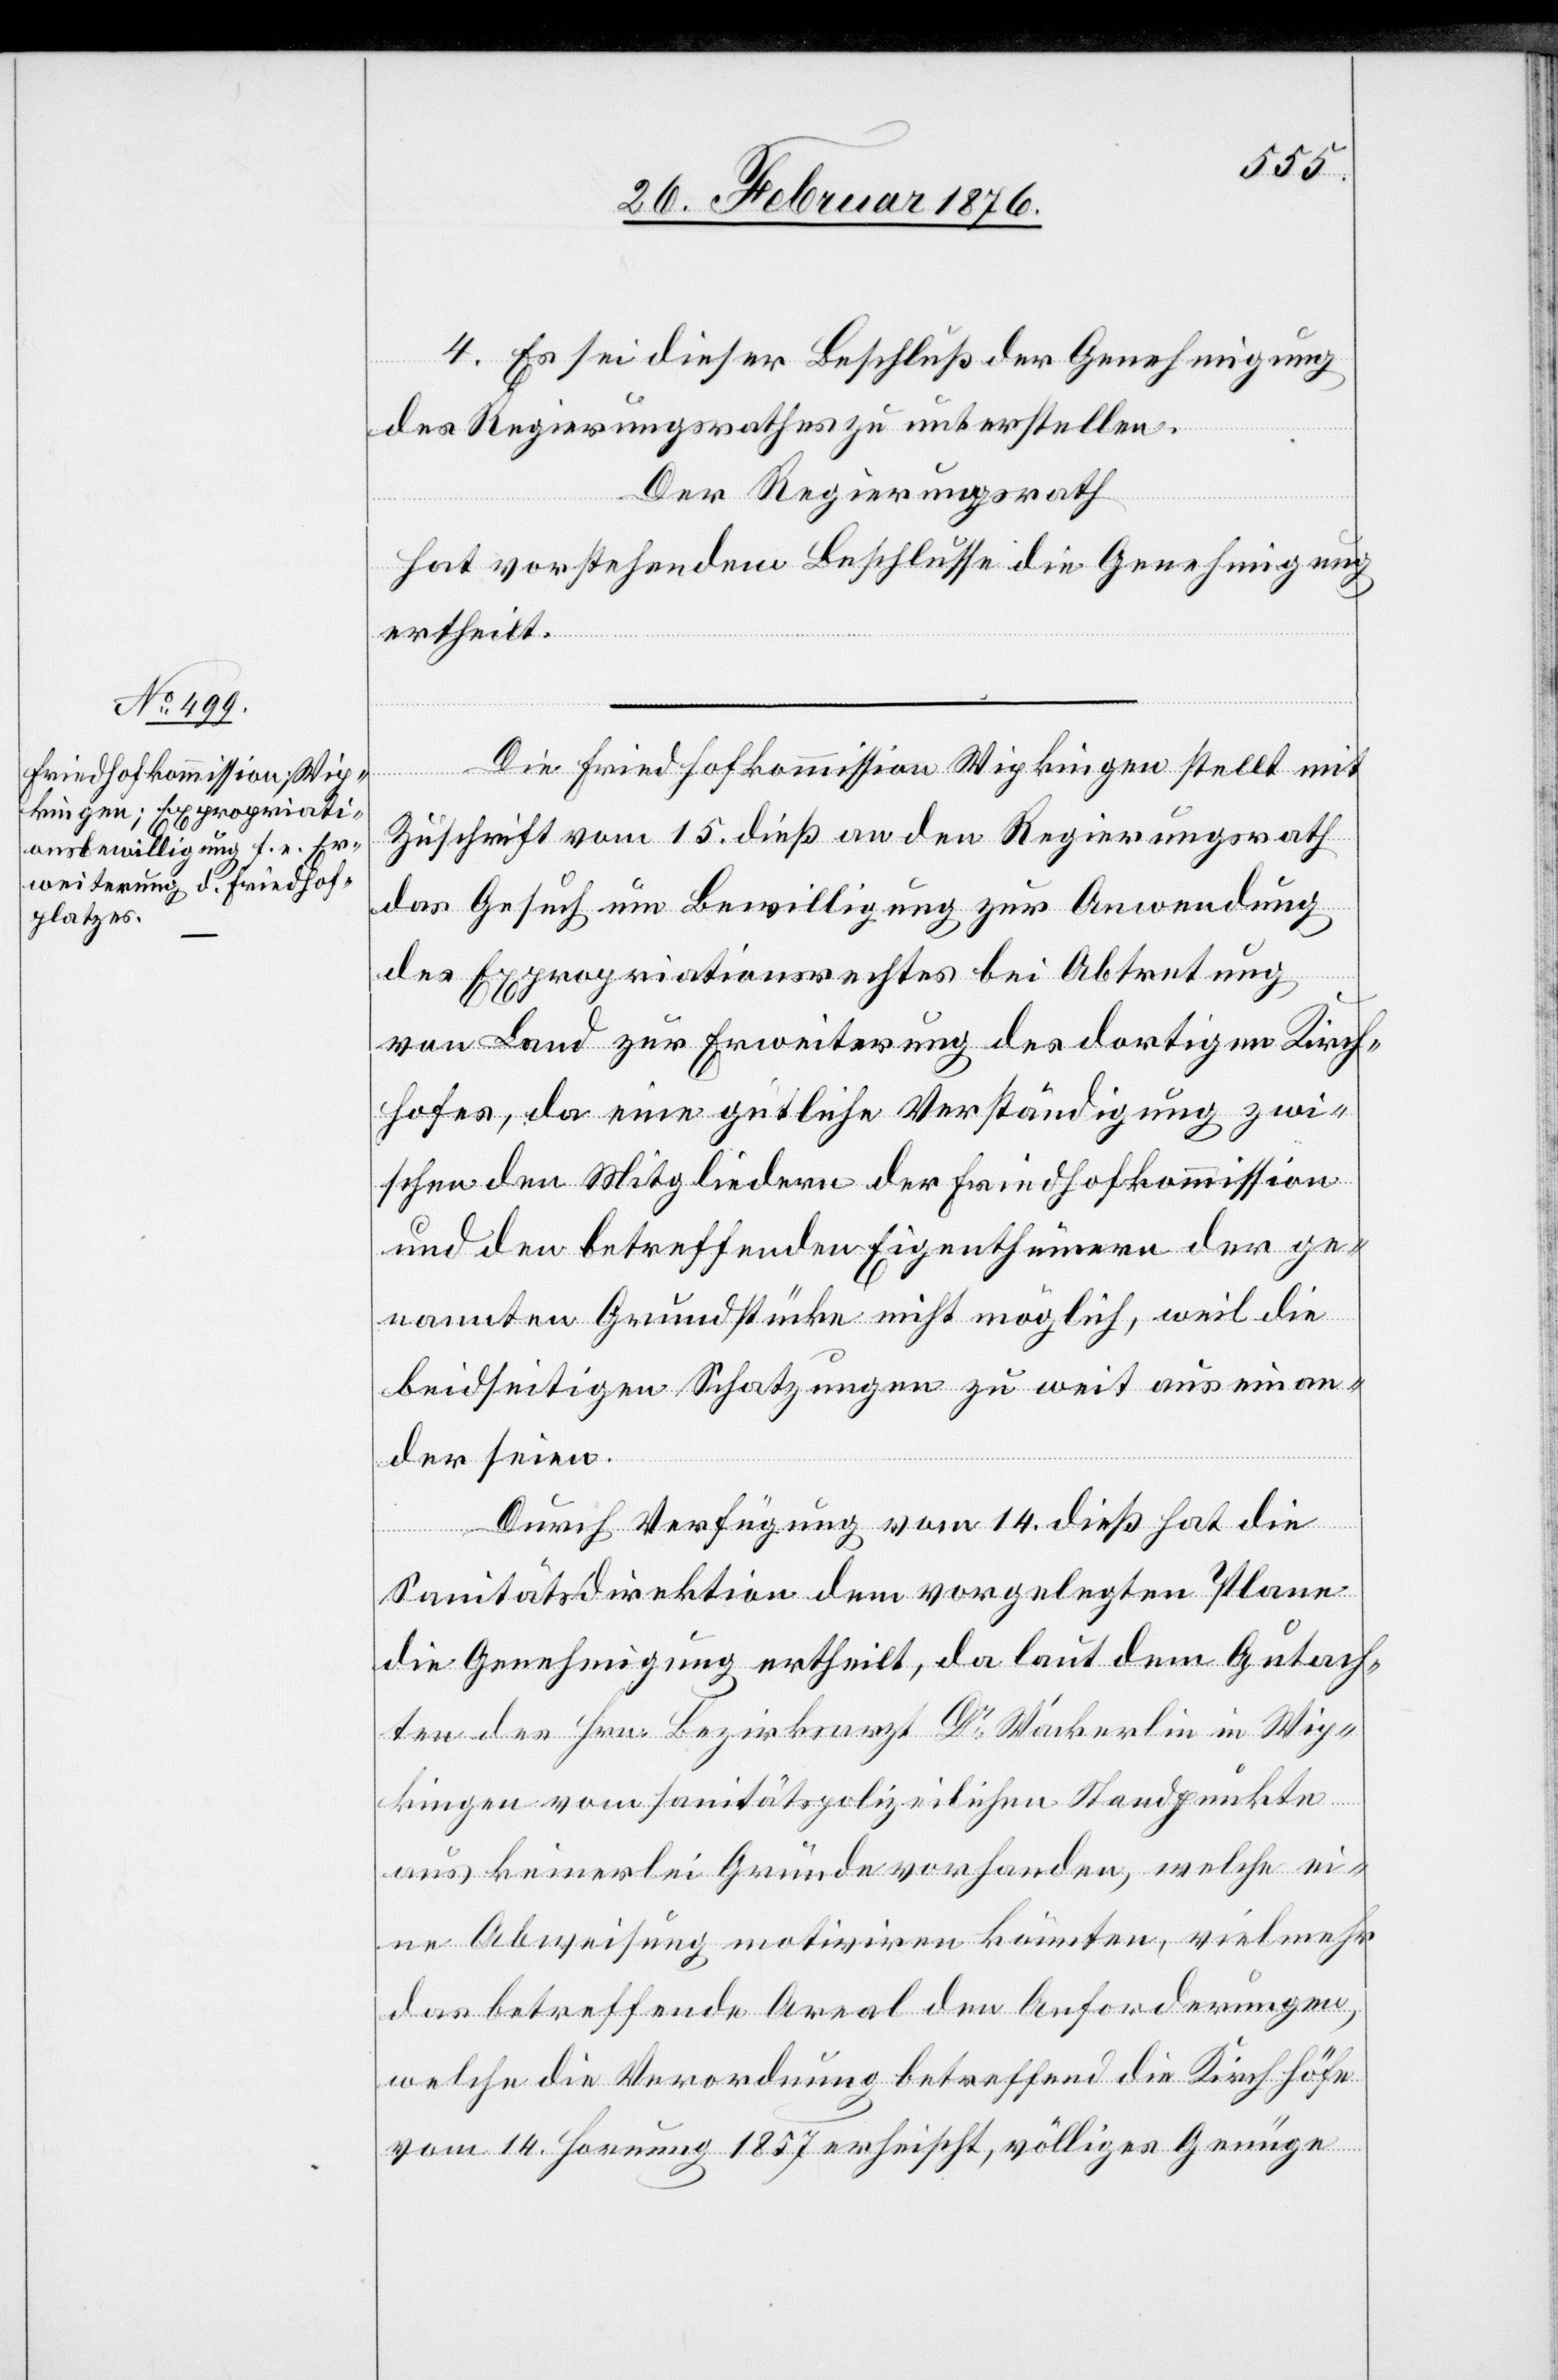
4. Es sei dieser Beschluss der Genehmigung
des Regierungsrathes zu unterstellen.
Der Regierungsrath
hat vorstehendem Beschlusse die Genehmigung
ertheilt.
Die Friedhofskommission Wipkingen stellt mit
Zuschrift vom 15. dieß an den Regierungsrath
das Gesuch um Bewilligung zur Anwendung
des Expropriationsrechtes bei Abtretung
von Land zur Erweiterung des dortigen Kirch¬
hofes, da eine gütliche Verständigung zwi¬
schen den Mitgliedern der Friedhofkommission
und den betreffenden Eigenthümern der ge¬
nannten Grundfläche nicht möglich, weil die
beidseitigen Schatzungen zu weit auseinan¬
der seien.
Durch Verfügung vom 14. dieß hat die
Sanitätsdirektion dem vorgelegten Plane
die Genehmigung ertheilt, da laut dem Gutach¬
ten des Hrn. Bezirksarzt Dr Wackerlin in Wip¬
kingen vom sanitätspolizeilichen Standpunkte
aus keinerlei Gründe vorhanden, welche ei¬
ne Abweisung motiviren könnten, vielmehr
das betreffende Areal den Anforderungen,
welche die Verordnung betreffend die Kirchhöfe
vom 14. Hornung 1857 erheischt, völliges Genüge